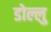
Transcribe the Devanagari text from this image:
डोल्लु